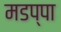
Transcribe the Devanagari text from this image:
मडप्पा